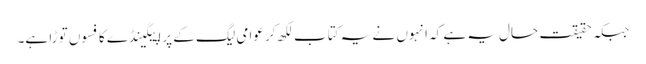
جبکہ حقیقت حال یہ ہے کہ انہوں نے یہ کتاب لکھ کر عوامی لیگ کے پراپیگینڈے کا فسوں توڑا ہے۔